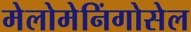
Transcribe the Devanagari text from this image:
मेलोमेनिंगोसेल